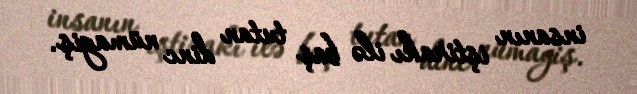
insanın iştirakı ilə baş tutan dinc nümayiş.